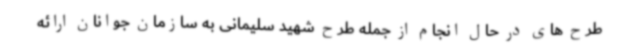
طرح های در حال انجام از جمله طرح شهید سلیمانی به سازمان جوانان ارائه